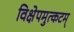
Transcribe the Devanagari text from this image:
विक्षेपमुत्कटम्